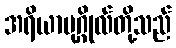
အရိယာပုဂ္ဂိုလ်တို့သည်